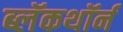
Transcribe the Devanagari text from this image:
ब्लॅकथॉर्न